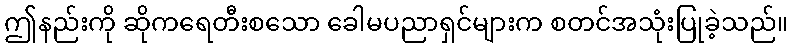
ဤနည်းကို ဆိုကရေတီးစသော ခေါမပညာရှင်များက စတင်အသုံးပြုခဲ့သည်။